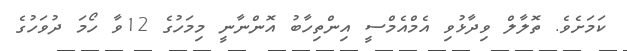
ކަމަށެވެ. ތޮލާލް ވިދާޅުވި އެމްއެމްސީ އިންތިހާބު އޮންނާނީ މިމަހުގެ 12ވާ ހޯމަ ދުވަހުގެ